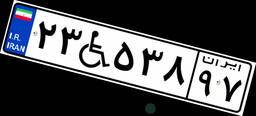
۲۳W۵۳۸۹۷